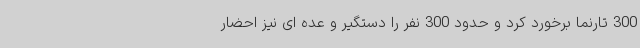
300 تارنما برخورد کرد و حدود 300 نفر را دستگیر و عده ای نیز احضار